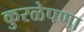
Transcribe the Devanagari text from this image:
कुरळेपणा